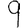
Digit: 9